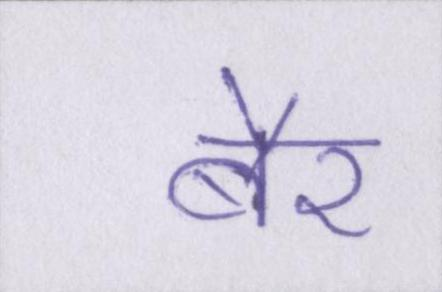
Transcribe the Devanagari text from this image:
बैर